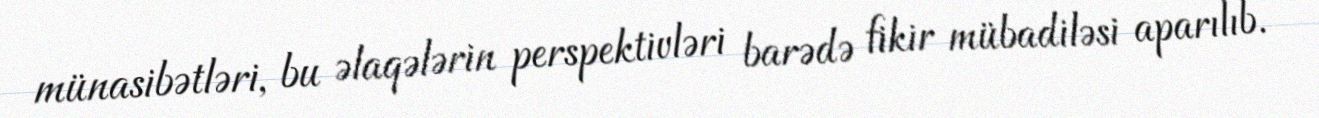
münasibətləri, bu əlaqələrin perspektivləri barədə fikir mübadiləsi aparılıb.